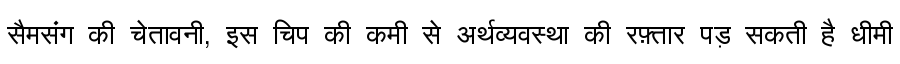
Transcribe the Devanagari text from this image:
सैमसंग की चेतावनी, इस चिप की कमी से अर्थव्यवस्था की रफ़्तार पड़ सकती है धीमी